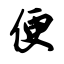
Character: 便